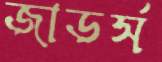
জাডর্স